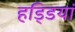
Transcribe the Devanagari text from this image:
हडि्डयां